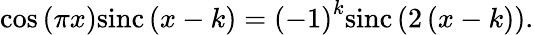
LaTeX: \cos{\left(\pi x\right)}\mathrm{sinc}\left(x-k\right)=\left(-1\right)^{k}\mathrm{sinc}\left(2\left(x-k\right)\right).